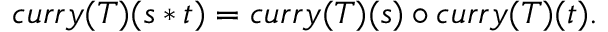
c u r r y ( T ) ( s * t ) = c u r r y ( T ) ( s ) \circ c u r r y ( T ) ( t ) .